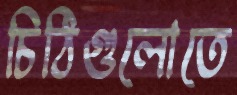
চিঠিগুলোতে